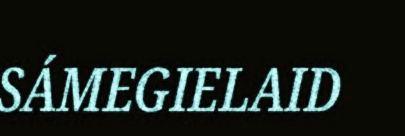
SÁMEGIELAID